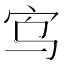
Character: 𫲻